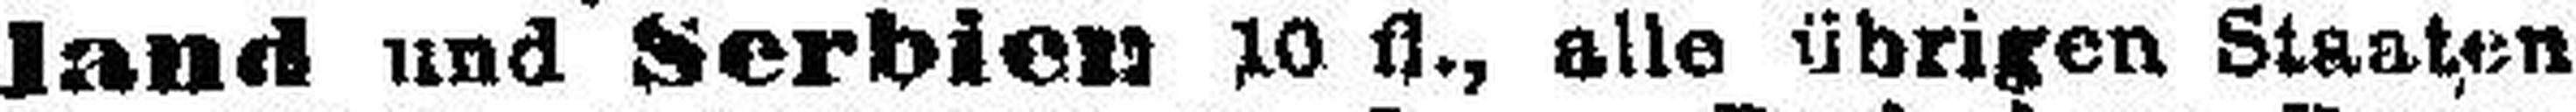
land und Serbien 10 fl., alle übrigen Staaten